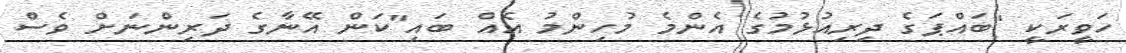
ހަވީރަކީ "ބައްޕަގެ ދިރިއުޅުމުގެ އެންމެ މުހިންމު އެއް ބައި"ކަން އޭނާގެ ދަރިންނަށް ވެސް